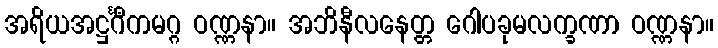
အရိယအဋ္ဌင်္ဂီကမဂ္ဂ ဝဏ္ဏနာ။ အဘိနီလနေတ္တ ဂေါပခုမလက္ခဏာ ဝဏ္ဏနာ။